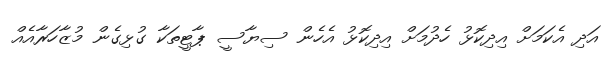
އަދި އެކަމަށް އިދިކޮޅު ހެދުމަށް އިދިކޮޅު އެހެން ސިޔާސީ ޕާޓީތަކާ ގުޅިގެން މުޒާހަރާއެއް